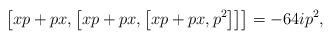
LaTeX: \begin{align*}\left[ xp+px,\left[xp+px,\left[ xp+px,p^{2}\right] \right] \right] =-64ip^{2},\end{align*}